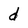
Character: d